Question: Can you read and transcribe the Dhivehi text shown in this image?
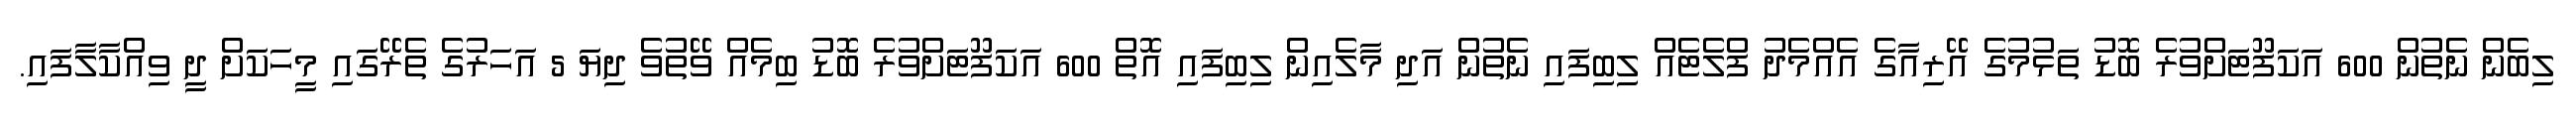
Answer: ލިބެން ނެތުން 600 އަކަފޫޓަށްވުރެ ބޮޑު ތަޅުމުގެ އޭރިއާގެ އެއްމެދު ފްލެޓެއް ލިބިފައި ނެތުން އަދި މާލެއިން ލިބިފައި އޮތް 600 އަކަފޫޓަށްވުރެ ބޮޑު ބިމެއް ވޭތުވެ ދިޔަ 5 އަހަރުގެ ތެރޭގައި މީހަކަށް ދީ ވިއްކާލާފައި.